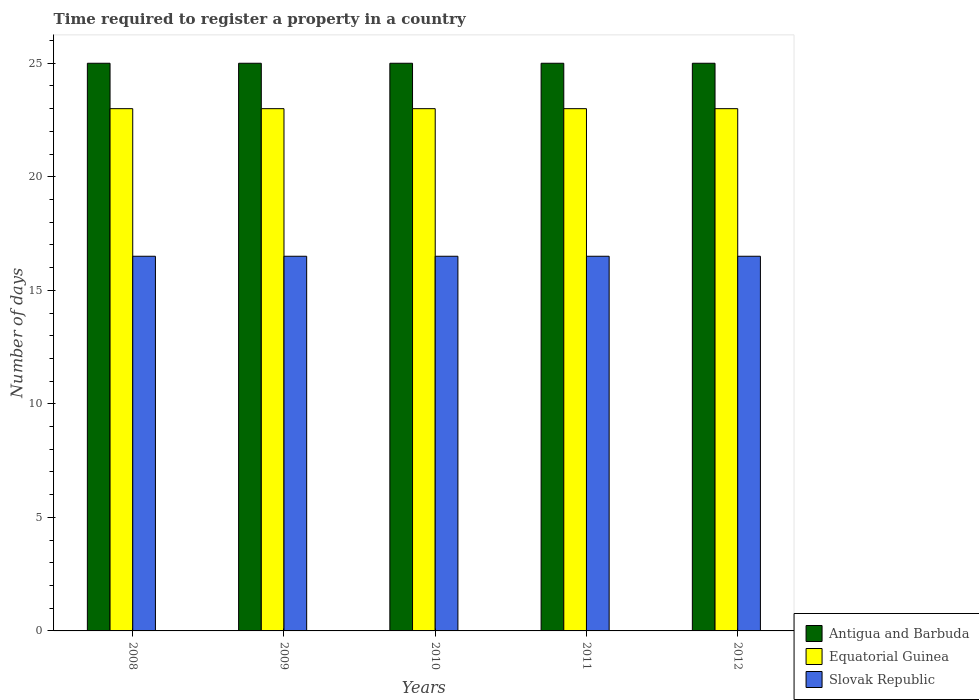
| Years | Antigua and Barbuda | Equatorial Guinea | Slovak Republic |
 | --- | --- | --- | --- |
 | 2008 | 25 | 23 | 16.5 |
 | 2009 | 25 | 23 | 16.5 |
 | 2010 | 25 | 23 | 16.5 |
 | 2011 | 25 | 23 | 16.5 |
 | 2012 | 25 | 23 | 16.5 |